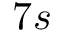
7 s